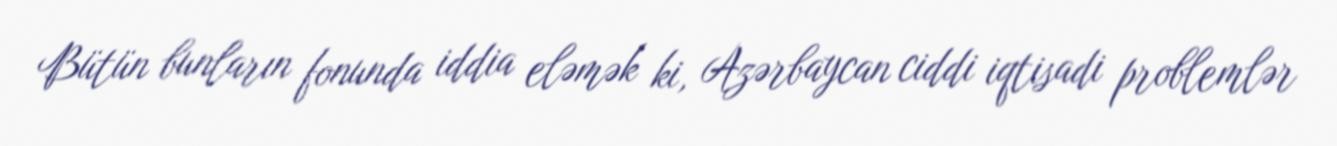
Bütün bunların fonunda iddia eləmək ki, Azərbaycan ciddi iqtisadi problemlər